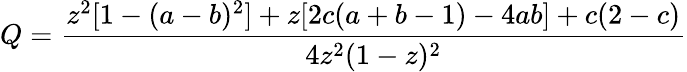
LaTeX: Q={\frac{z^{2}[1-(a-b)^{2}]+z[2c(a+b-1)-4ab]+c(2-c)}{4z^{2}(1-z)^{2}}}